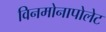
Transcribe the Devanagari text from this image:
विनमोनापोलेट